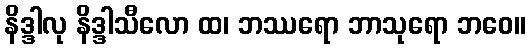
နိဒ္ဒါလု နိဒ္ဒါသီလော ထ၊ ဘဿရော ဘာသုရော ဘဝေ။